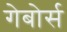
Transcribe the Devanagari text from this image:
गेबोर्स